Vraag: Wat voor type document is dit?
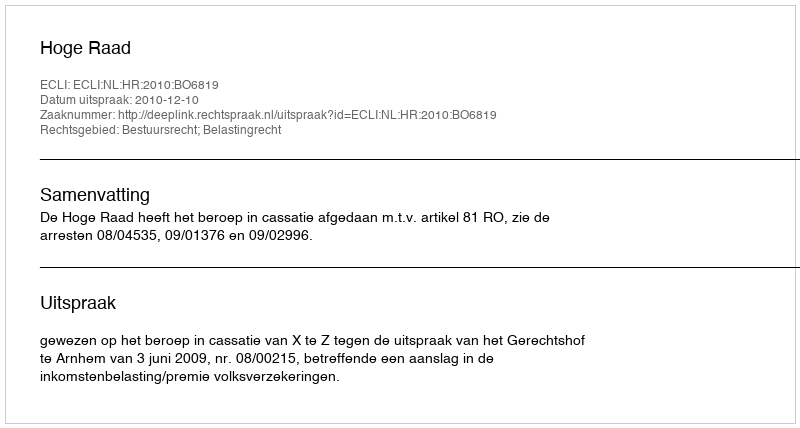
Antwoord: Uitspraak